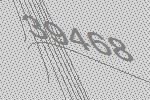
39468